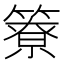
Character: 簝